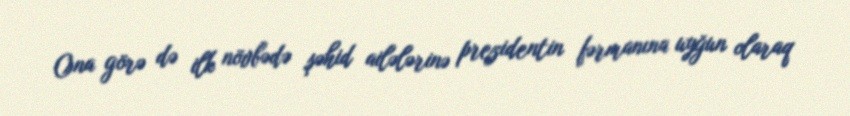
Ona görə də ilk növbədə şəhid ailələrinə prezidentin fərmanına uyğun olaraq